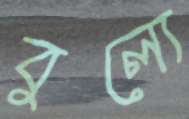
বুল্যে